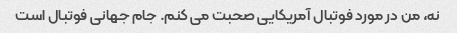
نه، من در مورد فوتبال آمریکایی صحبت می کنم. جام جهانی فوتبال است